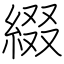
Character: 綴